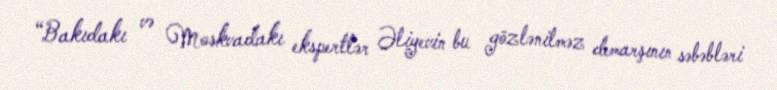
“Bakıdakı və Moskvadakı ekspertlər Əliyevin bu gözlənilməz demarşının səbəbləri